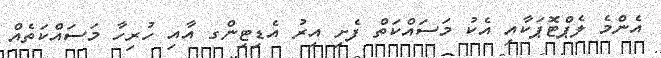
އެންމެ ލެޕްޓޮޕަކާއި އެކު މަސައްކަތް ފެށި އިރު އެޑިޓިންގ އާއި ހުރިހާ މަސައްކަތެއް